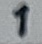
Text: 1